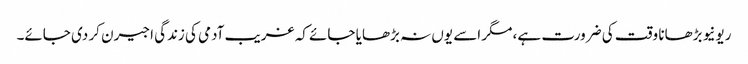
ریونیو بڑھانا وقت کی ضرورت ہے، مگر اسے یوں نہ بڑھایا جائے کہ غریب آدمی کی زندگی اجیرن کر دی جائے۔